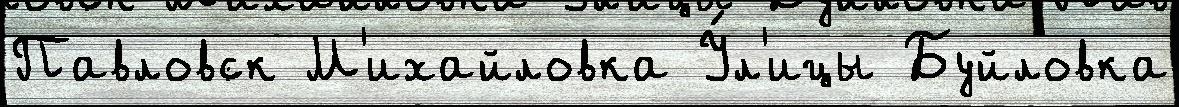
Павловск М'ихайловка У́л'ицы Буйловка